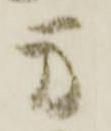
万